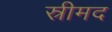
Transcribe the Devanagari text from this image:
स्रीमद